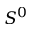
S ^ { 0 }